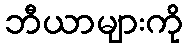
ဘီယာများကို